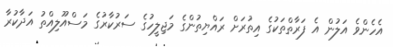
އެހެންވެ އަލުން އެ ފަރާތްތަކުގެ އިތުރަށް ރައްޔިތުންގެ މަޖިލީހުގެ ސަރުކާރުގެ މަސްއޫލިއްތު އަދާކުރާ